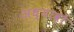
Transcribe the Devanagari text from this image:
अध्यावो